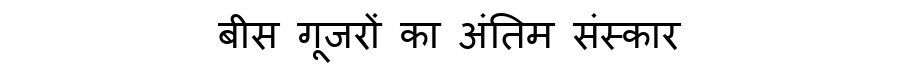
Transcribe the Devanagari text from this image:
बीस गूजरों का अंतिम संस्कार